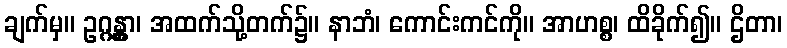
ချက်မှ။ ဥဂ္ဂန္တွာ၊ အထက်သို့တက်၌။ နာဘံ၊ ကောင်းကင်ကို။ အာဟစ္စ၊ ထိခိုက်၍။ ဌိတာ၊